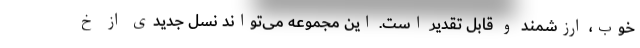
خوب، ارزشمند و قابل تقدیر است. این مجموعه می‌تواند نسل جدیدی از خ